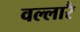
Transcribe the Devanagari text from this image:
वल्लारै